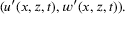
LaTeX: ( u ^ { \prime } ( x , z , t ) , w ^ { \prime } ( x , z , t ) ) .